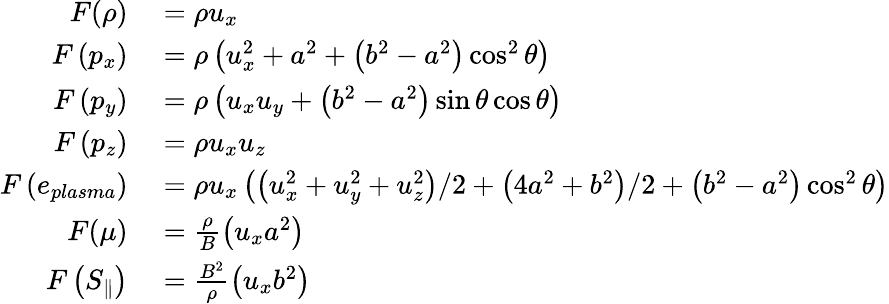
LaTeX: \begin{array}{rl}{F(\rho)}&{{}=\rho u_{x}}\\ {F\left(p_{x}\right)}&{{}=\rho\left(u_{x}^{2}+a^{2}+\left(b^{2}-a^{2}\right)\cos^{2}\theta\right)}\\ {F\left(p_{y}\right)}&{{}=\rho\left(u_{x}u_{y}+\left(b^{2}-a^{2}\right)\sin\theta\cos\theta\right)}\\ {F\left(p_{z}\right)}&{{}=\rho u_{x}u_{z}}\\ {F\left(e_{plasma}\right)}&{{}=\rho u_{x}\left(\left(u_{x}^{2}+u_{y}^{2}+u_{z}^{2}\right)/2+\left(4a^{2}+b^{2}\right)/2+\left(b^{2}-a^{2}\right)\cos^{2}\theta\right)}\\ {F(\mu)}&{{}=\frac{\rho}{B}\left(u_{x}a^{2}\right)}\\ {F\left(S_{\| }\right)}&{{}=\frac{B^{2}}{\rho}\left(u_{x}b^{2}\right)}\end{array}